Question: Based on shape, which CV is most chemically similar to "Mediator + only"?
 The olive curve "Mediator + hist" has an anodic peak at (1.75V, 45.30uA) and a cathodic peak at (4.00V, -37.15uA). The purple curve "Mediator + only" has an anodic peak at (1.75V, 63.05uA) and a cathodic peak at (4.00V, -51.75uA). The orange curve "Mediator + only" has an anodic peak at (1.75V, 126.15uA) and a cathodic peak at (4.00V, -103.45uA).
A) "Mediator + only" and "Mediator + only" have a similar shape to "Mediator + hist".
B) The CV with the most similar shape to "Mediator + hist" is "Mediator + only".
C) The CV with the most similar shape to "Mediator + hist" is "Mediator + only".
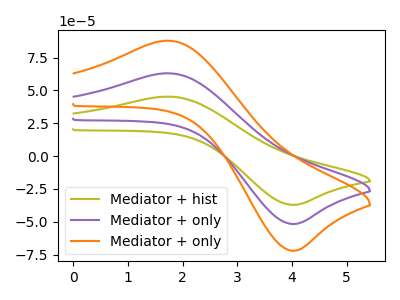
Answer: <think>All the peaks in "Mediator + hist" have a peak in "Mediator + only" at the same potential. Every peak in "Mediator + hist" is lower than every peak in "Mediator + only". All the peaks in "Mediator + hist" have a peak in "Mediator + only" at the same potential. Every peak in "Mediator + hist" is lower than every peak in "Mediator + only". All the peaks in "Mediator + only" have a peak in "Mediator + only" at the same potential. Every peak in "Mediator + only" is lower than every peak in "Mediator + only".
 </think>
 <answer>A) "Mediator + only" and "Mediator + only" have a similar shape to "Mediator + hist".</answer>
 <eval>A</eval>